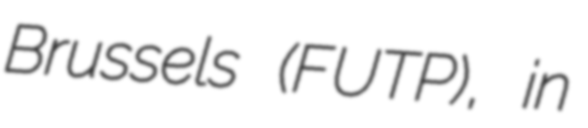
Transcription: Brussels (FUTP), in